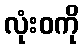
လုံးဝကို